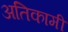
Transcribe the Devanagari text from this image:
अतिकामी